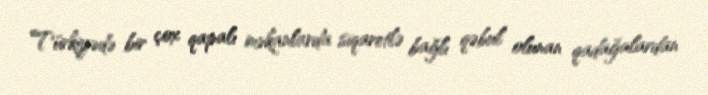
Türkiyədə bir çox qapalı məkanlarda siqaretlə bağlı qəbul olunan qadağalardan